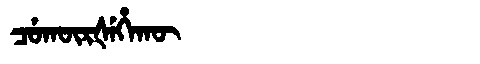
Manchu: ᠴᡠᡴᡡᡵᡧᡝᡥᠠᡴᡡ
Romanization: CUKŪRŠEHAKŪ